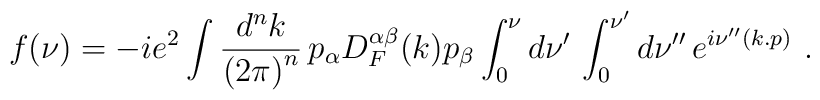
f(\nu)=-ie^2 \int \frac{d^nk}{{(2\pi)}^n}\,p_{\alpha}D_{F}^{\alpha \beta}(k)p_{\beta}\int_0^{\nu} d\nu '\, \int_0^{\nu '} d\nu ''\, e^{i\nu ''(k.p)} \,\,.